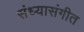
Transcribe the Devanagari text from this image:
संध्यासंगीत